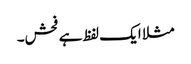
مثلا ایک لفظ ہے فحش۔